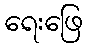
ရေးဖြေ